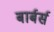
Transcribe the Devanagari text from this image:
बार्बर्स